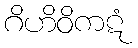
ဂိဟိဝိကဋံ